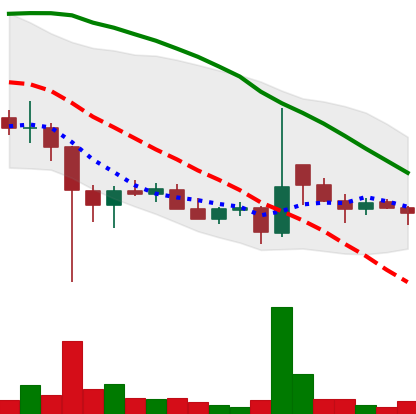
Ticker: DOGE-USD
Chart end date: 2021-12-20
Forward return: 13.946%
Label: up_7plus